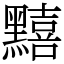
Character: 䵱